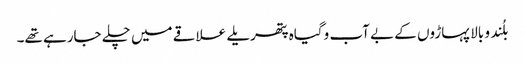
بلُند و بالا پہاڑوں کے بے آب وگیاہ پتھریلے علاقے میں چلے جارہے تھے۔